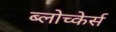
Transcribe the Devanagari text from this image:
ब्लोच्केर्स